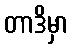
တာဒိမှာ